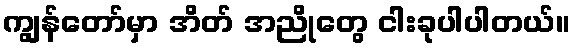
ကျွန်တော်မှာ အိတ် အညိုတွေ ငါးခုပါပါတယ်။